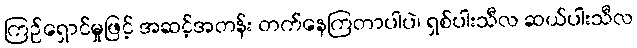
ကြဉ်ရှောင်မှုဖြင့် အဆင့်အတန်း တက်နေကြတာပါပဲ၊ ရှစ်ပါးသီလ ဆယ်ပါးသီလ